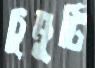
চুমুটি